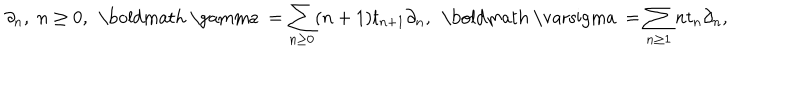
LaTeX: \partial _ { n } , \; n \geq 0 , \, \; \mathrm { \boldmath ~ \ g a m m a ~ } = \sum _ { n \geq 0 } ( n + 1 ) t _ { n + 1 } \partial _ { n } , \, \; \mathrm { \boldmath ~ \ v a r s i g m a ~ } = \sum _ { n \geq 1 } n t _ { n } \partial _ { n } ,